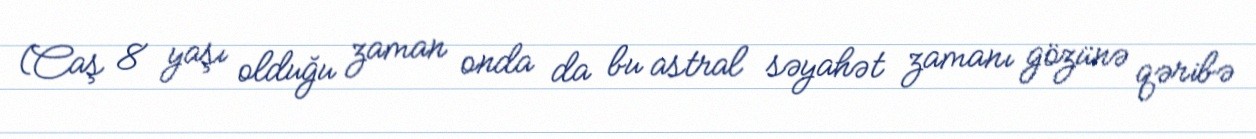
(Caş 8 yaşı olduğu zaman onda da bu astral səyahət zamanı gözünə qəribə